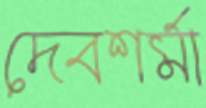
দেবশর্মা